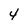
Character: 4